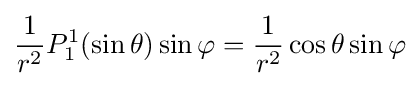
{\frac {1}{r^{2}}}P_{1}^{1}(\sin \theta )\sin \varphi ={\frac {1}{r^{2}}}\cos \theta \sin \varphi